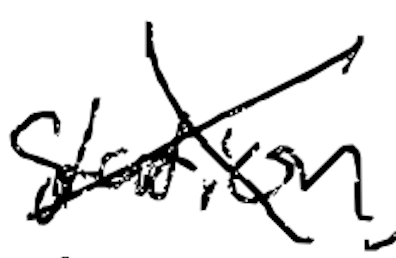
Text: station
Cross-out: cross
Writing tool: digital_black